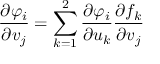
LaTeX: { \frac { \partial \varphi _ { i } } { \partial v _ { j } } } = \sum _ { k = 1 } ^ { 2 } { \frac { \partial \varphi _ { i } } { \partial u _ { k } } } { \frac { \partial f _ { k } } { \partial v _ { j } } }